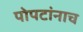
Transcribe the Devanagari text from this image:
पोपटांनाच